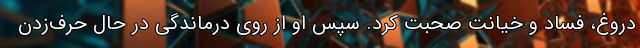
دروغ، فساد و خیانت صحبت کرد. سپس او از روی درماندگی در حال حرف‌زدن